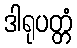
ဒါရုပတ္တံ